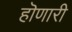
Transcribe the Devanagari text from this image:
हॊणारी